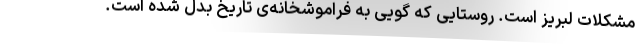
مشکلات لبریز است. روستایی که گویی به فراموشخانه‌ی تاریخ بدل شده است.